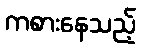
ကစားနေသည့်